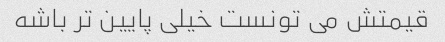
قیمتش می تونست خیلی پایین تر باشه